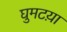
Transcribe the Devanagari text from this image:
घुमटय़ा